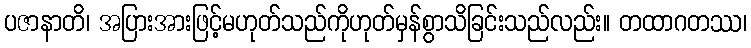
ပဇာနာတိ၊ အပြားအားဖြင့်မဟုတ်သည်ကိုဟုတ်မှန်စွာသိခြင်းသည်လည်း။ တထာဂတဿ၊